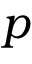
p